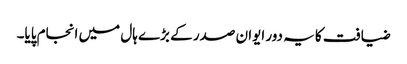
ضیافت کا یہ دور ایوان صدر کے بڑے ہال میں انجام پایا۔